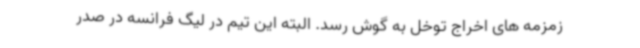
زمزمه های اخراج توخل به گوش رسد. البته این تیم در لیگ فرانسه در صدر